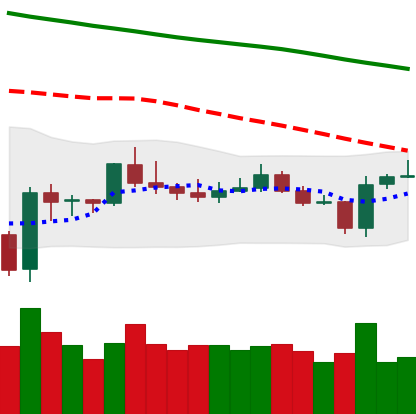
Ticker: BTC-USD
Chart end date: 2020-01-05
Forward return: 10.19%
Label: up_7plus